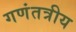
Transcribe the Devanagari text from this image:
गणंतत्रीय